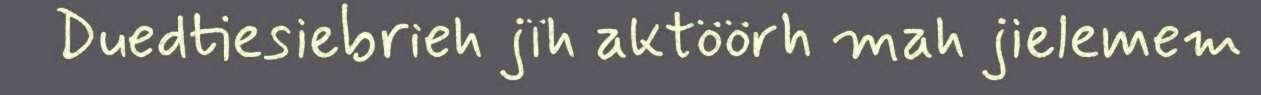
Duedtiesiebrieh jïh aktöörh mah jielemem